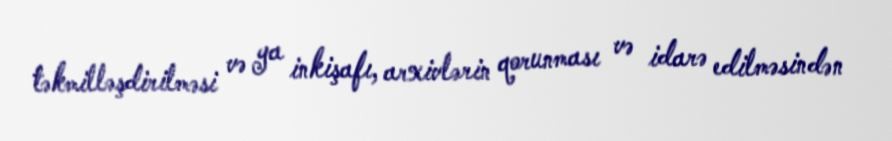
təkmilləşdirilməsi və ya inkişafı, arxivlərin qorunması və idarə edilməsindən